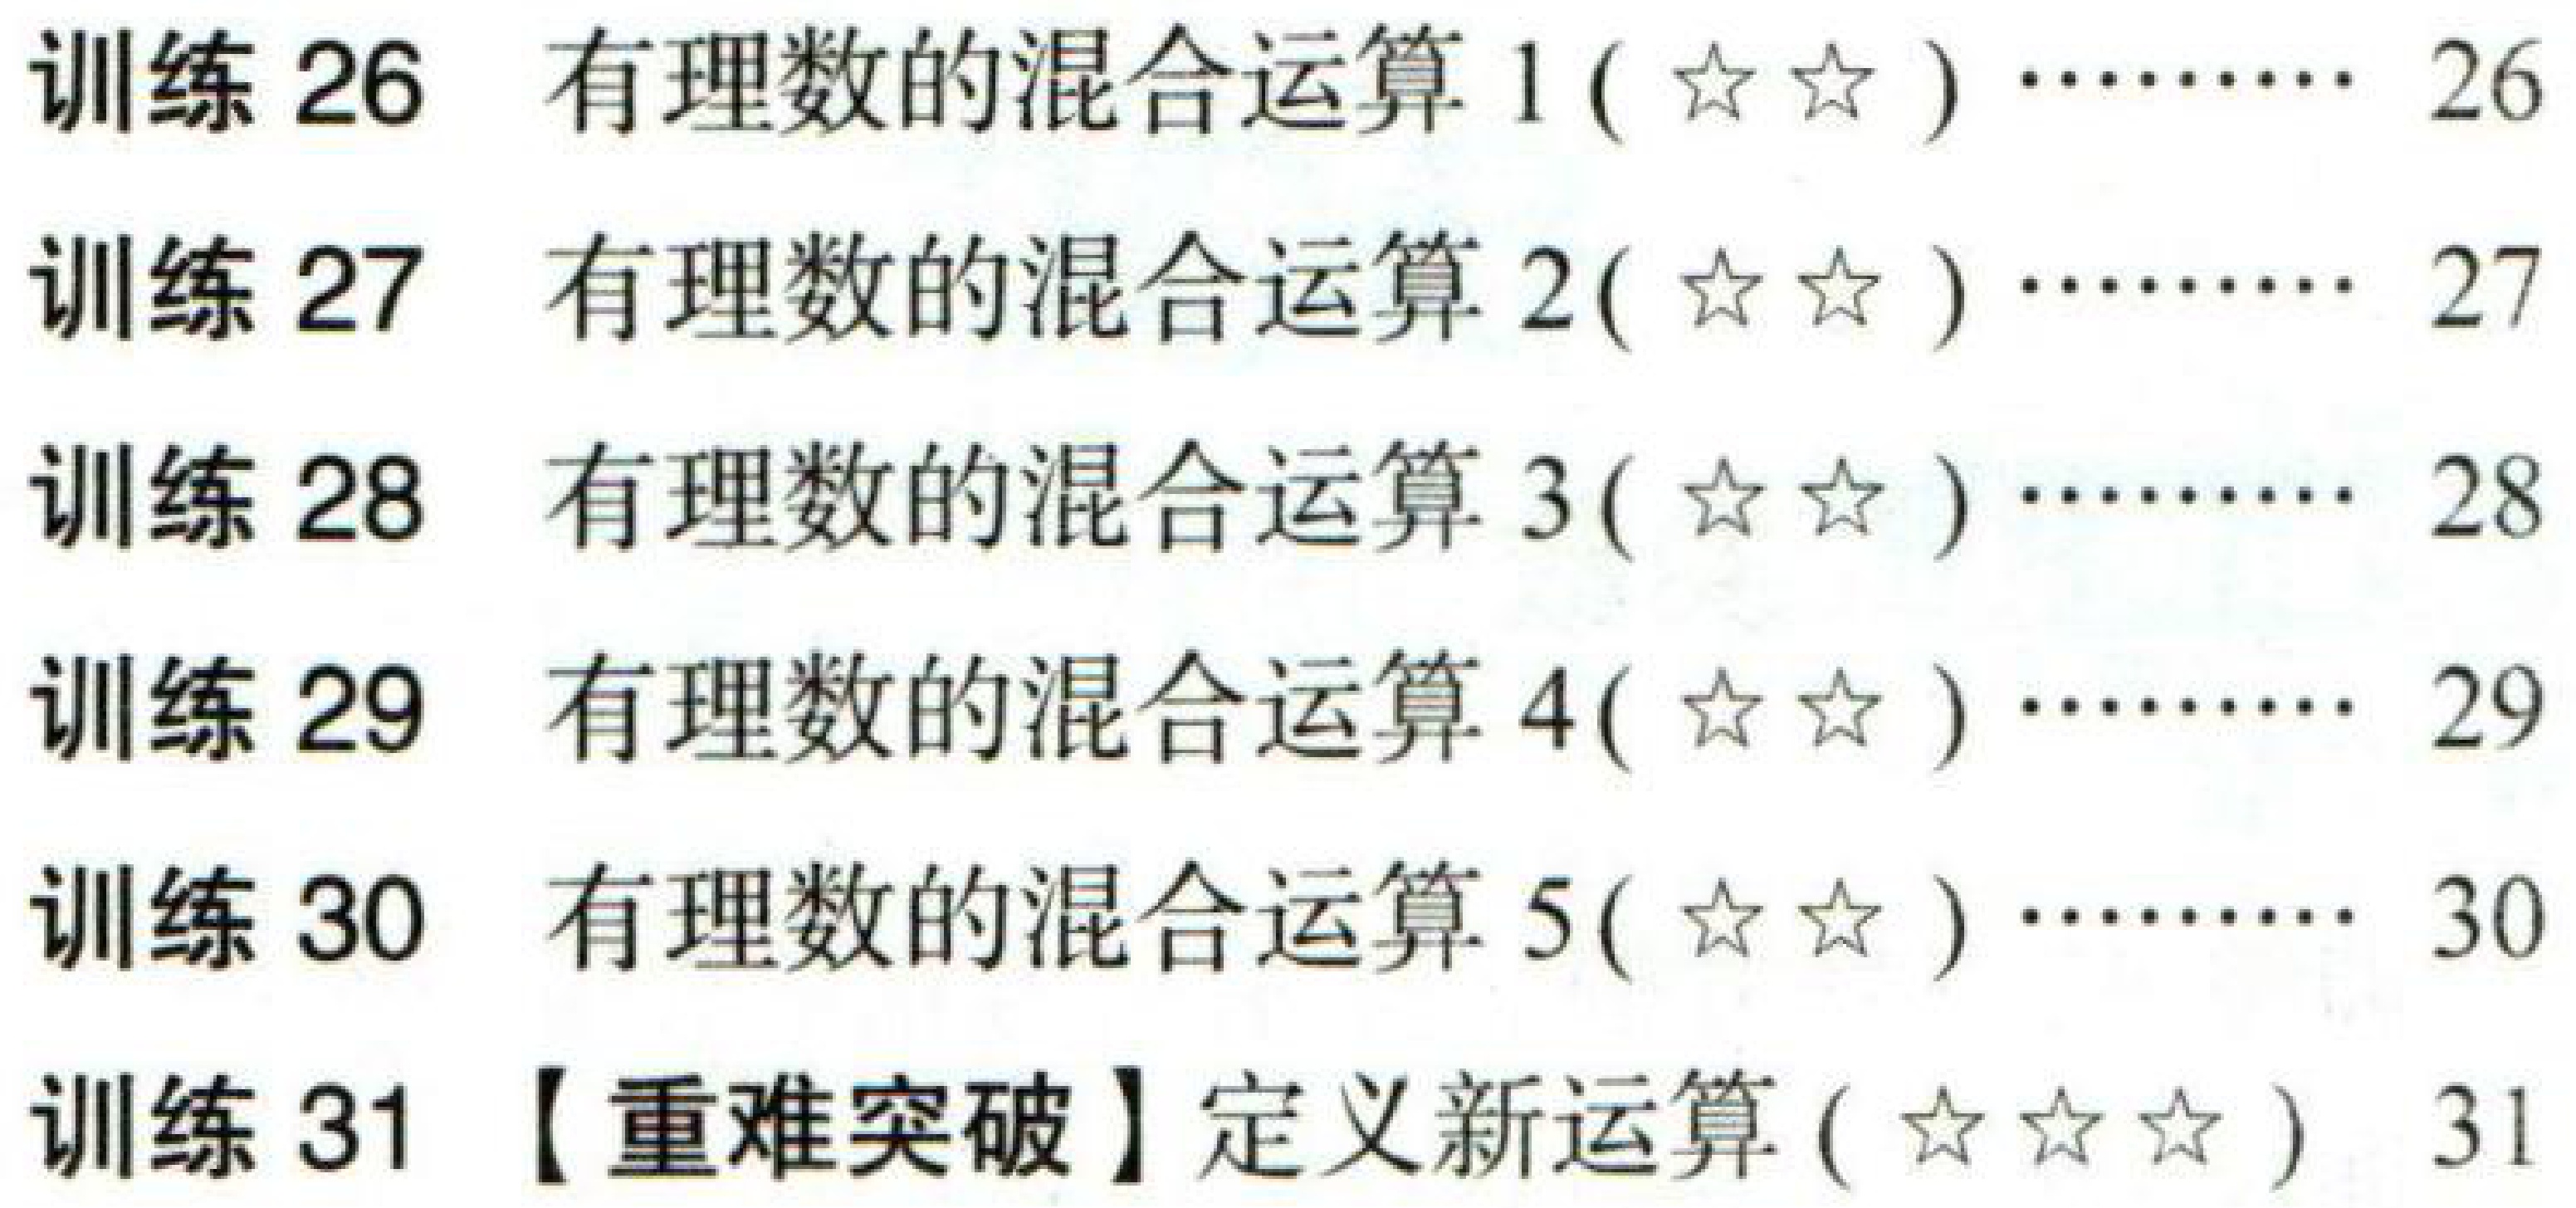
训练 26 有理数的混合运算 1(★★)…… 26\\

训练 27 有理数的混合运算 2(★★)…… 27\\

训练 28 有理数的混合运算 3(★★)…… 28\\

训练 29 有理数的混合运算 4(★★)…… 29\\

训练 30 有理数的混合运算 5(★★)…… 30\\

训练 31 【重难突破】定义新运算(★★★) 31